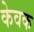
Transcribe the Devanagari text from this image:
केवक